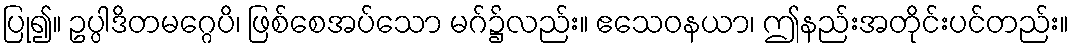
ပြု၍။ ဥပ္ပါဒိတမဂ္ဂေပိ၊ ဖြစ်စေအပ်သော မဂ်၌လည်း။ ဧသေဝနယာ၊ ဤနည်းအတိုင်းပင်တည်း။